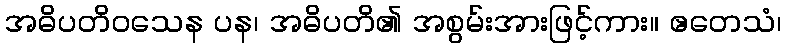
အဓိပတိဝသေန ပန၊ အဓိပတိ၏ အစွမ်းအားဖြင့်ကား။ ဧတေသံ၊